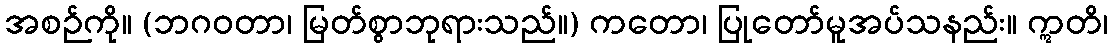
အစဉ်ကို။ (ဘဂဝတာ၊ မြတ်စွာဘုရားသည်။) ကတော၊ ပြုတော်မူအပ်သနည်း။ ဣတိ၊